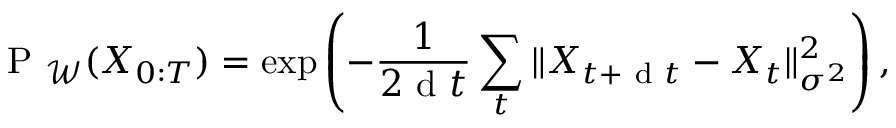
\mathrm { ~ P ~ } _ { \mathcal { W } } ( X _ { 0 : T } ) = \exp \left( - \frac { 1 } { 2 \mathrm { ~ d ~ } t } \sum _ { t } \| X _ { t + \mathrm { ~ d ~ } t } - X _ { t } \| _ { \sigma ^ { 2 } } ^ { 2 } \right) ,